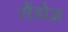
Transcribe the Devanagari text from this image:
सैंडोज़